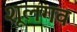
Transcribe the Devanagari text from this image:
शूलगव